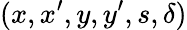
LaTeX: (x,x^{\prime},y,y^{\prime},s,\delta)